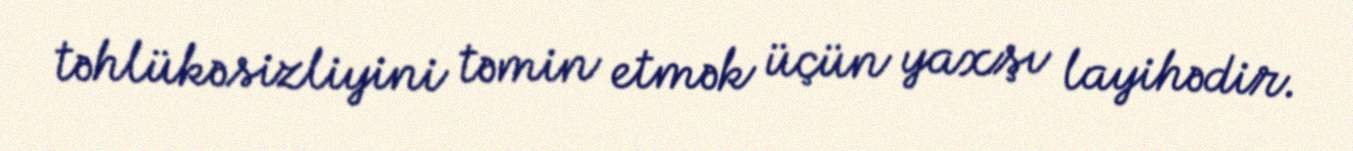
təhlükəsizliyini təmin etmək üçün yaxşı layihədir.